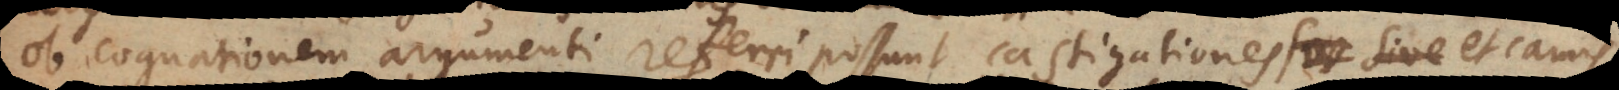
ob cognationem argumenti referri possunt castigationes et carnis